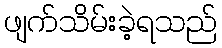
ဖျက်သိမ်းခဲ့ရသည်